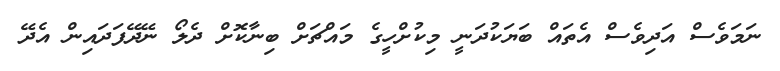
ނަމަވެސް އަދިވެސް އެތައް ބަޔަކުދަނީ މިކުށްހީގެ މައްޗަށް ބިނާކޮށް ދެލޯ ނޭދޭފަދައިން އެދޭ